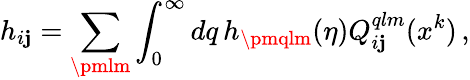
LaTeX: h_{i\mathbf{j}}=\sum_{\pmlm}\int_{0}^{\infty}dq\, h_{\pmqlm}(\eta)Q_{i\mathbf{j}}^{qlm}(x^{k})\, ,